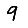
Digit: 9